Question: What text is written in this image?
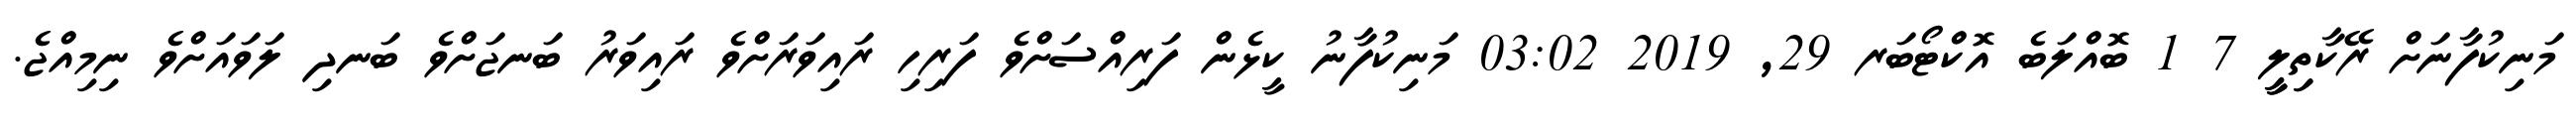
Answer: މަނިކުފާނަށް ރޭކާތިިލީީ 7 1 ބޮއްލަބެ އޮކްޓޯބަރ 29, 2019 03:02 މަނިކުފާނު ކީޅެން ފަރިއްސަށްވެ ފަރިހި ރައިވަރަށްވެ ރައިވަރު ބަނޖަށްވެ ބަނދި ލަވައަށްވެ ނިމިއްޖެ.